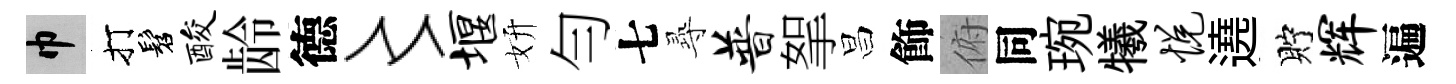
巾打髫酸龄德〻堰妍勻七𡬶普挐昌飾俯同琬犧悦遶貯辉遍